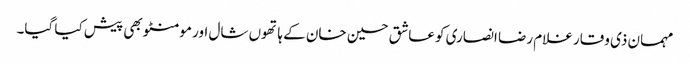
مہمان ذی وقار غلام رضا انصاری کو عاشق حسین خان کے ہاتھوں شال اور مومنٹو بھی پیش کیا گیا۔